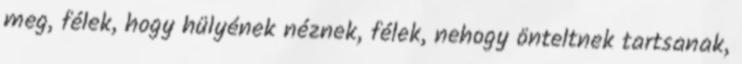
meg, félek, hogy hülyének néznek, félek, nehogy önteltnek tartsanak,